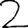
Digit: 2